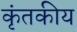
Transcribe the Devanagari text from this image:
कृंतकीय